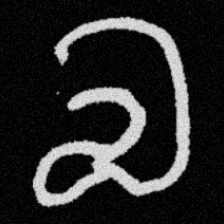
Pyu character \u2014 Myanmar letter: လ (romanized: la)